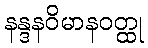
နန္ဒနဝိမာနဝတ္ထု